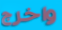
واخرج